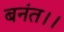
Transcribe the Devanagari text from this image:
बनंत।।